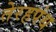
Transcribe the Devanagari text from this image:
तेरहपंथ